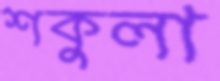
শকুলা